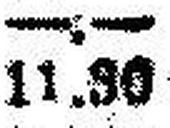
11.90